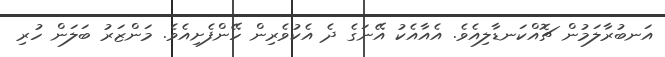
އަނބުރާލަމުން ޗޮއްކަނޑާލިއެވެ. އެއާއެކު އޭނަގެ ދެ އެކުވެރިން ހޭންފެށިއެވެ. މަންޒަރު ބަލަން ހުރި